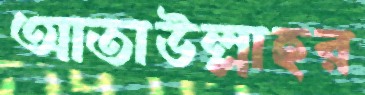
আতাউল্লাহর